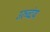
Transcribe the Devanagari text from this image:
उरुव्दंय